Lunatic asylums Madras 1877-1891 - 1877-1891
Year: 1877
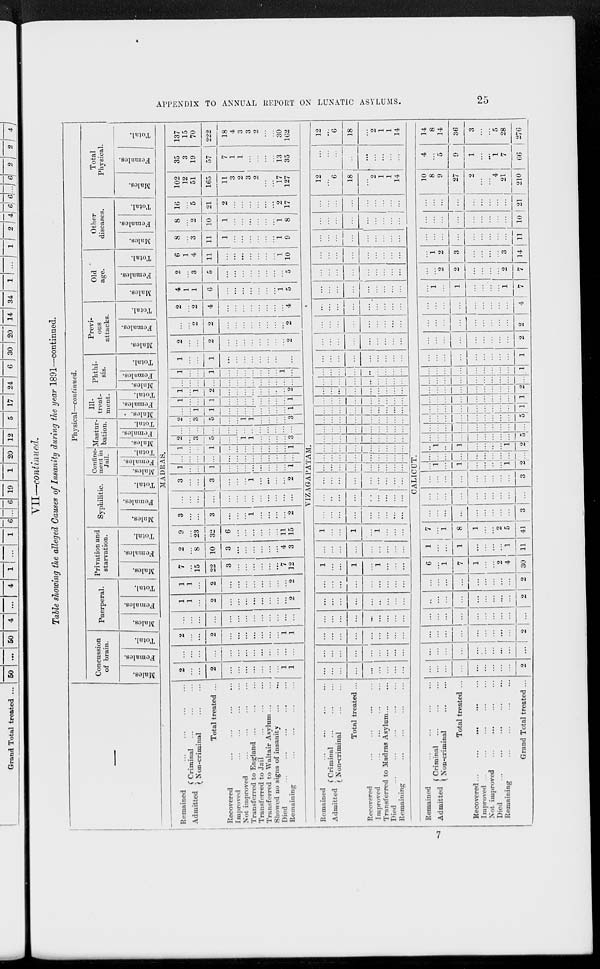
APPENDIX TO ANNUAL REPORT ON LUNATIC ASYLUMS.
25
VII—continued.
Table showing the alleged Causes of Insanity during the year 1891—continued.
—
Physical—continued.
Concussion
of brain.
Males.
Females.
Total.
Puerperal.
Males.
Females.
Total.
Privation and
starvation.
Males.
Females.
Total.
Syphilitic.
Males.
Females.
Total.
Confine-
ment in
Jail.
Males.
Females.
Total.
Mastur-
bation.
Males.
Females.
Total.
Ill-
treat-
ment.
Males.
Females.
Total.
Phthi-
sis.
Males.
Females.
Total.
Previ-
ous
attacks.
Males.
Females.
Total.
Old
age.
Males.
Females.
Total.
Other
diseases.
Males.
Females.
Total.
Total
Physical.
Males.
Females.
Total.
MADRAS.
Remained ... ... ... ...
Admitted
Criminal ... ... ...
Non-criminal ... ...
Total treated ...
Recovered
...
...
...
...
Improved ... ... ... ...
Not improved ... ... ... ...
Transferred to England ... ... ...
Transferred to Jail ... ... ...
Transferred to Waltair Asylum ... ...
Showed no signs of insanity ... ...
Died
...
...
...
...
...
Remaining ... ... ... ...
2
...
...
2
...
...
...
...
...
...
...
1
1
...
...
...
...
...
...
...
...
...
...
...
...
...
2
...
...
2
...
...
...
...
...
...
...
1
1
...
...
...
...
...
...
...
...
...
...
...
...
...
1
1
...
2
...
...
...
...
...
...
...
...
2
1
1
...
2
...
...
...
...
...
...
...
...
2
7
...
15
22
3
...
...
...
...
...
...
7
12
2
...
8
10
3
...
...
...
...
...
...
4
3
9
...
23
32
6
...
...
...
...
...
...
11
15
3
...
...
3
...
...
...
1
...
...
...
...
2
...
...
...
...
...
...
...
...
...
...
...
...
...
3
...
...
3
...
...
...
1
...
...
...
...
2
1
...
...
1
...
...
...
...
...
...
...
...
1
...
...
...
...
...
...
...
...
...
...
...
...
...
1
...
...
1
...
...
...
...
...
...
...
...
1
2
...
3
5
...
...
1
1
...
...
...
...
3
...
...
...
...
...
...
...
...
...
...
...
...
...
2
...
3
5
...
...
1
1
...
...
...
...
3
...
...
1
1
...
...
...
...
...
...
...
...
1
1
...
...
1
...
...
...
...
...
...
...
...
1
1
...
1
2
...
...
...
...
...
...
...
...
2
...
...
...
...
...
...
...
...
...
...
...
...
...
1
...
...
1
...
...
...
...
...
...
...
1
...
1
...
...
1
...
...
...
...
...
...
...
...
...
2
...
...
2
...
...
...
...
...
...
...
...
2
...
...
2
2
...
...
...
...
...
...
...
...
2
2
...
2
4
...
...
...
...
...
...
...
...
4
4
1
1
6
...
...
...
...
...
...
...
1
5
2
...
3
5
...
...
...
...
...
...
...
...
5
6
1
4
11
...
...
...
...
...
...
...
1
10
8
...
3
11
1
...
...
...
...
...
...
1
9
8
...
2
10
1
...
...
...
...
...
...
1
8
16
...
5
21
2
...
...
...
...
...
...
2
17
102
12
51
165
11
3
2
3
2
...
...
17
127
35
3
19
57
7
1
1
...
...
...
...
13
35
137
15
70
222
18
4
3
3
2
...
...
30
162
VIZAGAPATAM.
Remained ... ... ... ...
Admitted Criminal ...
...
...
Non-criminal ... ...
Total treated ...
Recovered ... ... ... ...
Improved ... ... ... ...
Transferred to Madras Asylum... ...
Died
...
...
...
...
...
Remaining
...
...
...
...
...
...
...
...
...
...
...
...
...
...
...
...
...
...
...
...
...
...
...
...
...
...
...
...
...
...
...
...
...
...
...
...
...
...
...
...
...
...
...
...
...
...
...
...
...
...
...
...
...
...
...
...
...
...
1
...
...
1
...
1
...
...
...
...
...
...
...
...
...
...
...
...
1
...
...
1
...
1
...
...
...
...
...
...
...
...
...
...
...
...
...
...
...
...
...
...
...
...
...
...
...
...
...
...
...
...
...
...
...
...
...
...
...
...
...
...
...
...
...
...
...
...
...
...
...
...
...
...
...
...
...
...
...
...
...
...
...
...
...
...
...
...
...
...
...
...
...
...
...
...
...
...
...
...
...
...
...
...
...
...
...
...
...
...
...
...
...
...
...
...
...
...
...
...
...
...
...
...
...
...
...
...
...
...
...
...
...
...
...
...
...
...
...
...
...
...
...
...
...
...
...
...
...
...
...
...
...
...
...
...
...
...
...
...
...
...
...
...
...
...
...
...
...
...
...
...
...
...
...
...
...
...
...
...
...
...
...
...
...
...
...
...
...
...
...
...
...
...
...
...
...
...
...
...
...
...
...
...
...
...
...
...
...
...
...
...
...
...
...
...
...
...
...
...
...
...
...
...
...
...
...
...
...
...
...
...
...
...
...
...
...
...
...
...
...
...
...
12
...
6
18
...
2
1
1
14
...
...
...
...
...
...
...
...
...
12
...
6
18
...
2
1
1
14
CALICUT.
Remained ... ... ... ...
Admitted Criminal
...
...
...
Non-criminal
...
...
Total treated ...
Recovered...
...
... ... ...
Improved ...
...
...
...
Not improved ... ... ... ...
Died
...
...
...
...
...
Remaining ... ... ... ...
Grand Total treated ...
...
...
...
...
...
...
...
...
...
2
...
...
...
...
...
...
...
...
...
...
...
...
...
...
...
...
...
...
...
2
...
...
...
...
...
...
...
...
...
...
...
...
...
...
...
...
...
...
...
2
...
...
...
...
...
...
...
...
...
2
6
...
1
7
1
...
...
2
4
30
1
...
...
1
...
...
...
...
1
11
7
...
1
8
1
...
...
2
5
41
...
...
...
...
...
...
...
...
...
3
...
...
...
...
...
...
...
...
...
...
...
...
...
...
...
...
...
...
...
3
...
1
...
1
...
...
...
...
1
2
...
...
...
...
...
...
...
...
...
...
...
1
...
1
...
...
...
...
1
2
...
...
...
...
...
...
...
...
...
5
...
...
...
...
...
...
...
...
...
...
...
...
...
...
...
...
...
...
...
5
...
...
...
...
...
...
...
...
...
1
...
...
...
...
...
...
...
...
...
1
...
...
...
...
...
...
...
...
...
2
...
...
...
...
...
...
...
...
...
...
...
...
...
...
...
...
...
...
...
1
...
...
...
...
...
...
...
...
...
1
...
...
...
...
...
...
...
...
...
2
...
...
...
...
...
...
...
...
...
2
...
...
...
...
...
...
...
...
...
4
...
1
...
1
...
...
...
...
1
7
...
...
2
2
...
...
...
...
2
7
...
1
2
3
...
...
...
...
3
14
...
...
...
...
...
...
...
...
...
11
...
...
...
...
...
...
...
...
...
10
...
...
...
...
...
...
...
...
...
21
10
8
9
27
2
...
...
4
21
210
4
5
9
1
...
...
1
7
66
14
8
14
36
3
...
...
5
28
276